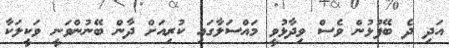
އަދި ދެ ބޭފުޅުން ވެސް ވިދާޅުވީ މައްސަލާގައި ކުރިއަށް ދާން ބޭނުންވަނީ ވަކީލަކާ